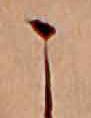
こ